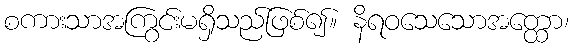
စကားသာအကြွင်းမရှိသည်ဖြစ်၍။ နိရဝသေသောအတ္ထော၊